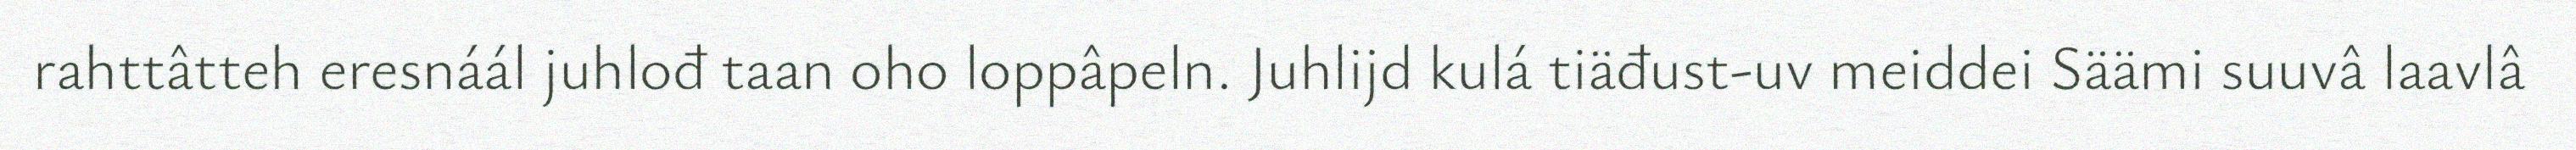
rahttâtteh eresnáál juhlođ taan oho loppâpeln. Juhlijd kulá tiäđust-uv meiddei Säämi suuvâ laavlâ